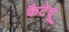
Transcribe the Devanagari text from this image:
कैटेचू